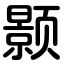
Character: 颢